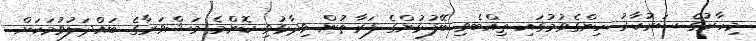
މިހާރުގެ ސަރުކާރު ހިންގެވުމުގައި ތިއްބެވި ބޭފުޅުންގެ ފަރާތުން ވިދާޅުވި ކޮންމެ މަޝްވަރާގެ ބައްދަލުވުމަކަށް